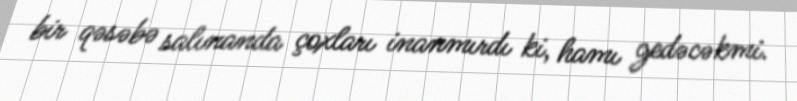
bir qəsəbə salınanda çoxları inanmırdı ki, hamı gedəcəkmi.